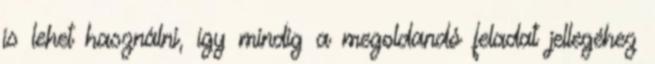
is lehet használni, így mindig a megoldandó feladat jellegéhez